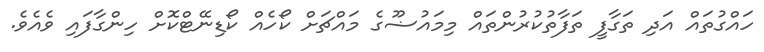
ހައްގުތައް އަދި ތަގާފީ ތަފާތުކުރުންތައް މިމައުޟޫގެ މައްޗަށް ކޯހެއް ކޯޑިނޭޓްކޮށް ހިންގާފައި ވެއެވެ.